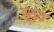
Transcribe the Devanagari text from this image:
गुरारा